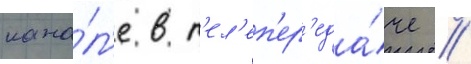
кана́л'е в т'ел'еп'ер'еда́че //